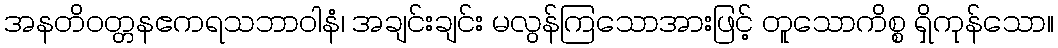
အနတိဝတ္တနဧကရသဘာဝါနံ၊ အချင်းချင်း မလွန်ကြသောအားဖြင့် တူသောကိစ္စ ရှိကုန်သော။